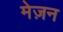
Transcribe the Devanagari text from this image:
मेज़न